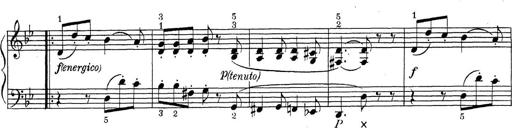
Title: ÄŒeskÃ© Sonatiny
Composer: Various